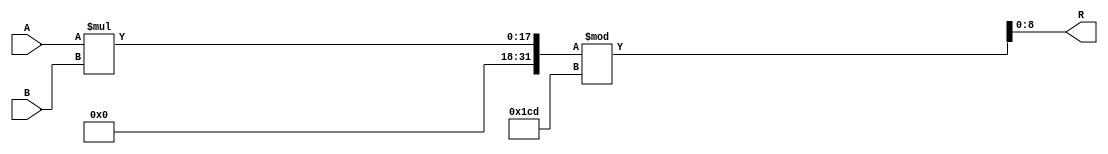
module mult_mod_461_standard(
A, B, R
    );

    input [9:1] A;
    input [9:1] B;
    output [9:1] R;

assign R = (A * B) % 461;

endmodule